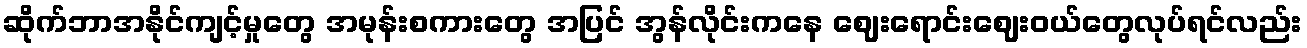
ဆိုက်ဘာအနိုင်ကျင့်မှုတွေ အမုန်းစကားတွေ အပြင် အွန်လိုင်းကနေ ဈေးရောင်းဈေးဝယ်တွေလုပ်ရင်လည်း